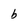
Character: b